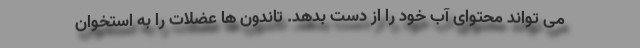
می تواند محتوای آب خود را از دست بدهد. تاندون ها عضلات را به استخوان